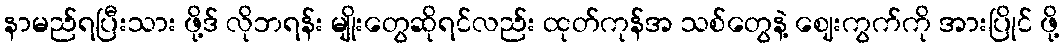
နာမည်ရပြီးသား ဖို့ဒ် လိုဘရန်း မျိုးတွေဆိုရင်လည်း ထုတ်ကုန်အ သစ်တွေနဲ့ ဈေးကွက်ကို အားပြိုင် ဖို့